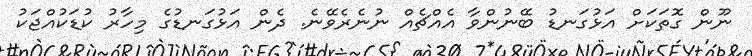
ނޫން ގޮތަކަށް އަޅުގަނޑު ބޭނުންވާ އެއްޗެއް ނުނެރެވޭނެ. ދެން އަޅުގަނޑުގެ މިހާރު ކުޑަކުއްޖަކު